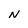
Character: N